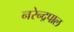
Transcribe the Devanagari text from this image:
नरेन्द्रपाल